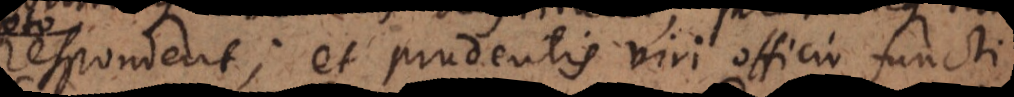
respondent; et prudentis viri officio functi